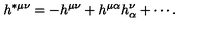
h ^ { * \mu \nu } = - h ^ { \mu \nu } + h ^ { \mu \alpha } h _ { \alpha } ^ { \nu } + \cdots .